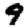
Digit: 9